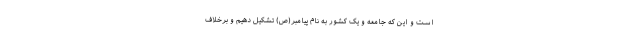
است و این که جامعه و یک کشور به نام پیامبر(ص) تشکیل دهیم و برخلاف